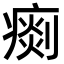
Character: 𤸹